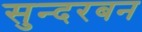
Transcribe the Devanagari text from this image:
सुन्दरबन